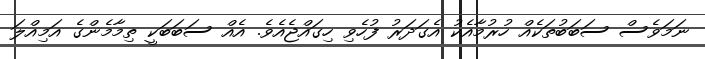
ނަމަވެސް ސަބަބުތަކެއް ހުރުމާއެކު އެގަދަރު ފުހެވި ހިގައްޖެއެވެ. އެއް ސަބަބަކީ ތިމާމެންގެ އަމިއްލަ